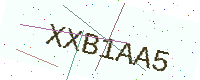
Text: XXB1AA5